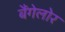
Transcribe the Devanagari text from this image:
बैंगेलोर